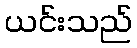
ယင်းသည်